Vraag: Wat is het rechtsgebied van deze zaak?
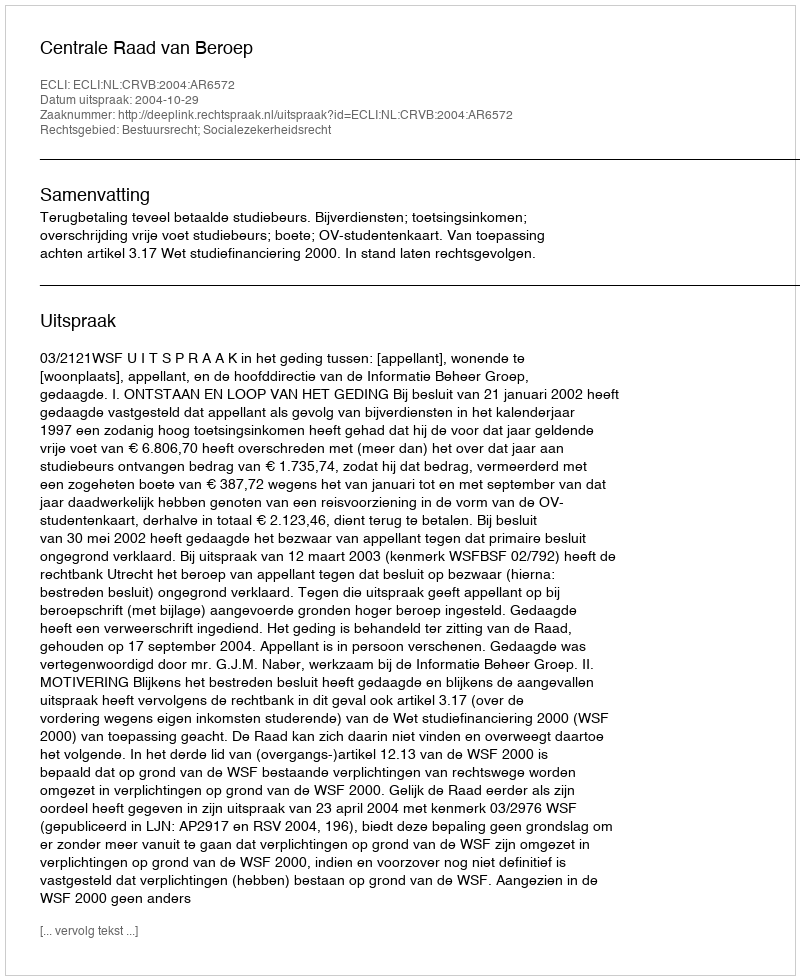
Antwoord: Bestuursrecht; Socialezekerheidsrecht